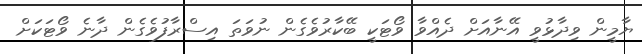
ޔާމީން ވިދާޅުވީ އޭނާއަށް ދެއްވާ ވޯޓަކީ ބޭކާރުވެގެން ނުވަތަ އިސްރާފުވެގެން ދާނެ ވޯޓަކަށް